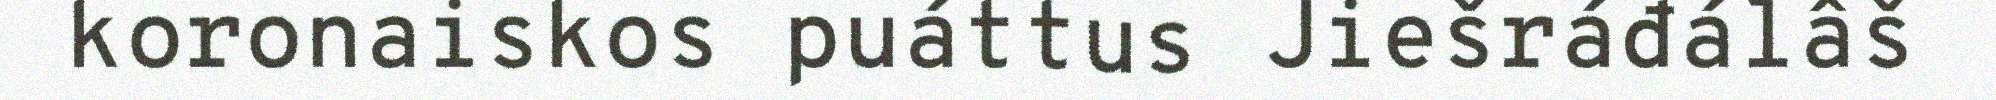
koronaiskos puáttus Jiešráđálâš